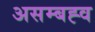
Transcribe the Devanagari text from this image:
असम्बह्व